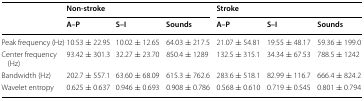
<table><thead><tr><td rowspan="2"></td><td colspan="3"><b>Non-stroke</b></td><td colspan="3"><b>Stroke</b></td></tr><tr><td><b>A–P</b></td><td><b>S–I</b></td><td><b>Sounds</b></td><td><b>A–P</b></td><td><b>S–I</b></td><td><b>Sounds</b></td></tr></thead><tbody><tr><td>Peak frequency (Hz)</td><td>10.53 ± 22.95</td><td>10.02 ± 12.65</td><td>64.03 ± 217.5</td><td>21.07 ± 54.81</td><td>19.55 ± 48.17</td><td>59.36 ± 199.0</td></tr><tr><td>Center frequency (Hz)</td><td>93.42 ± 301.3</td><td>32.27 ± 23.70</td><td>850.4 ± 1289</td><td>132.5 ± 315.1</td><td>34.34 ± 67.53</td><td>788.5 ± 1242</td></tr><tr><td>Bandwidth (Hz)</td><td>202.7 ± 557.1</td><td>63.60 ± 68.09</td><td>615.3 ± 762.6</td><td>283.6 ± 518.1</td><td>82.99 ± 116.7</td><td>666.4 ± 824.2</td></tr><tr><td>Wavelet entropy</td><td>0.625 ± 0.637</td><td>0.946 ± 0.693</td><td>0.908 ± 0.786</td><td>0.568 ± 0.610</td><td>0.719 ± 0.545</td><td>0.801 ± 0.794</td></tr></tbody></table>